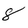
Character: 8